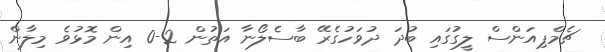
ޗެމްޕިއަންސް ލީގުގައި ބުދަ ދުވަހުގެރޭ ބާސެލޯނާ އަތުން 2-0 އިން މޮޅުވެ މިލާން